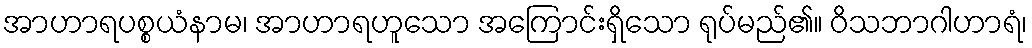
အာဟာရပစ္စယံနာမ၊ အာဟာရဟူသော အကြောင်းရှိသော ရုပ်မည်၏။ ဝိသဘာဂါဟာရံ၊